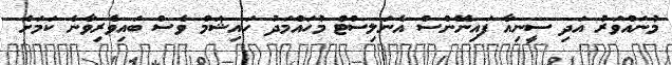
މުނައްވަރު އަދި ސީނިއާ ފައިނޭންސް އެނަލިސްޓް މުހައްމަދު ހައިޝަމް ވެސް ބައިވެރިވާނެ ކަމަށް